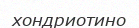
хондриотино